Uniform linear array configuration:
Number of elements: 24
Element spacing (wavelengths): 1
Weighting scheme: binomial
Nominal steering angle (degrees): -60
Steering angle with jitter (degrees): -60.215
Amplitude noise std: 0.05
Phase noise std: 0.05

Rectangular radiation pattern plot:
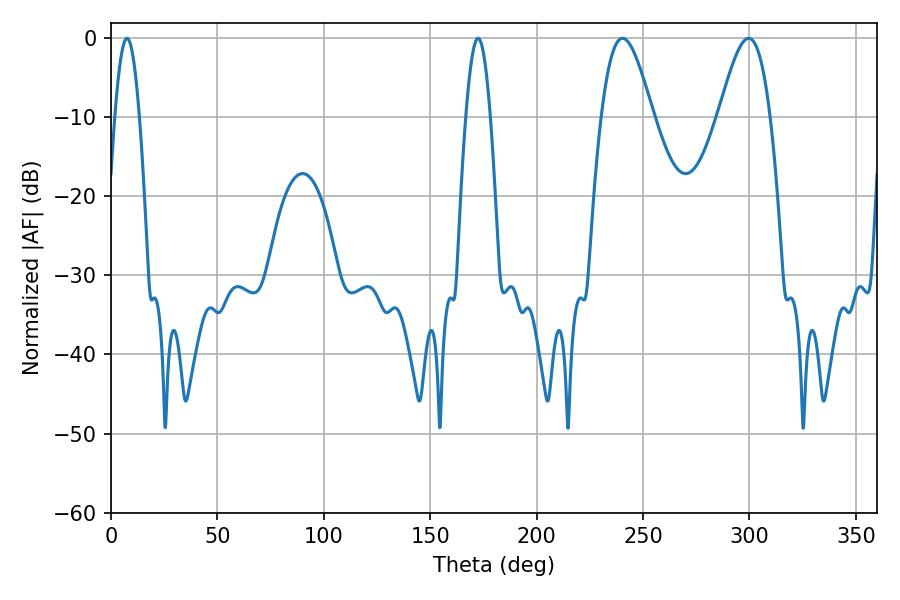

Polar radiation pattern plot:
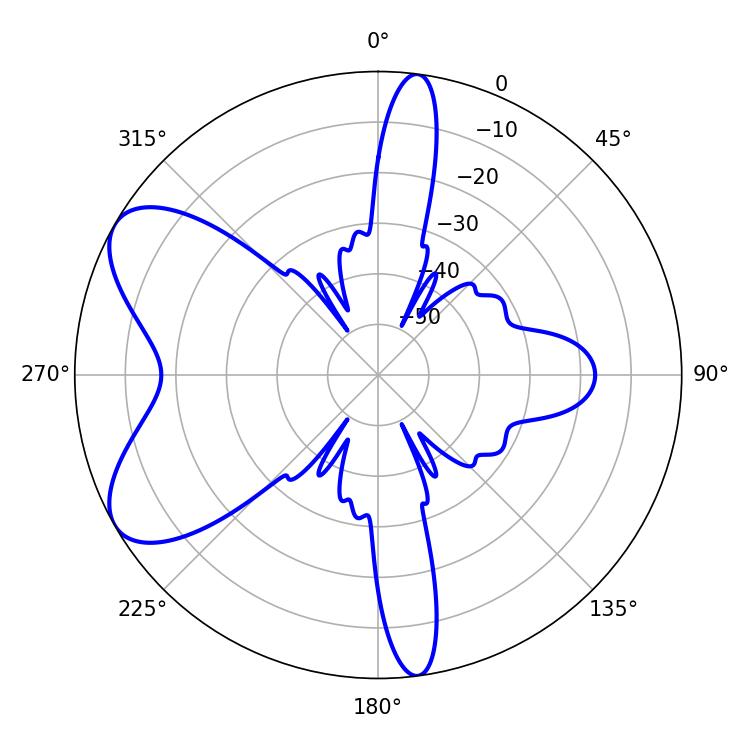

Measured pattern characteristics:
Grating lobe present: TRUE
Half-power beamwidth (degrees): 12.96
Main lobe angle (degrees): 240.3